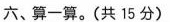
六、算一算。(共15分)